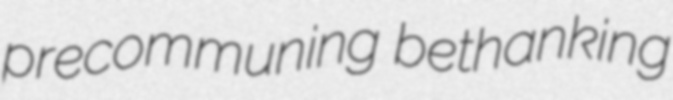
precommuning bethanking